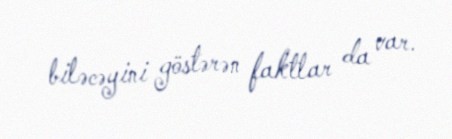
biləcəyini göstərən faktlar da var.